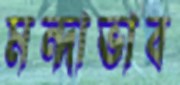
মন্দাভাব